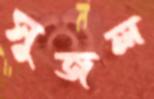
সুজল